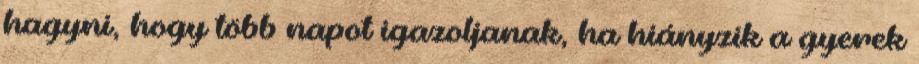
hagyni, hogy több napot igazoljanak, ha hiányzik a gyerek